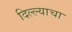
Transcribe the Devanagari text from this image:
दिल्ल्याचा